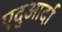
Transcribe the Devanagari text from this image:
एदुआर्दा